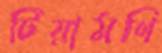
টিয়ামণি